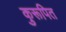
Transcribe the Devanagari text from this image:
कुरूपित